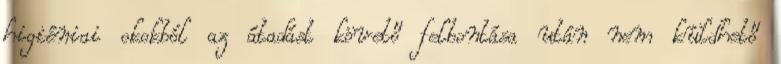
higiéniai okokból az átadást követő felbontása után nem küldhető